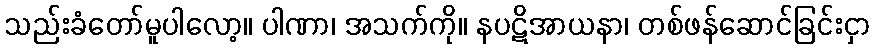
သည်းခံတော်မူပါလော့။ ပါဏာ၊ အသက်ကို။ နပဋိအာယနာ၊ တစ်ဖန်ဆောင်ခြင်းငှာ